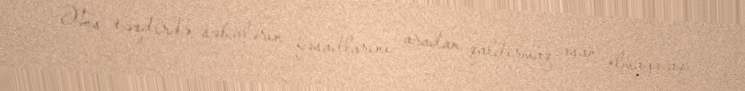
Əks təqdirdə səhvlərin fəsadlarını aradan qaldırmaq asan olmayacaq.